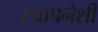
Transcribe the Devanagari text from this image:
स्थापनेशी